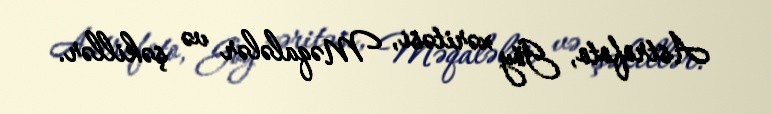
Astrofoto, Göy xəritəsi, Məqalələr və şəkillər.